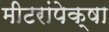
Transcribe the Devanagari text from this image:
मीटरांपेक्षा